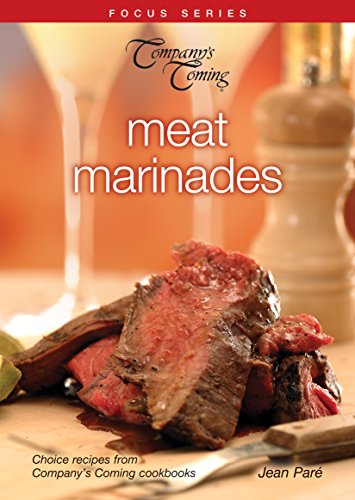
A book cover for Meat Marinades (Focus); Jean ParÃ©; Cookbooks, Food & Wine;